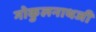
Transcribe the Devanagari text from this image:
गोकुलनाथजी